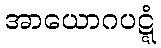
အာယောဂပဋ္ဋံ